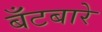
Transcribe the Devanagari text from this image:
बँटबारे